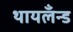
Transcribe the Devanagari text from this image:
थायलँन्ड